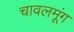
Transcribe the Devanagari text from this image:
चावलमूंग